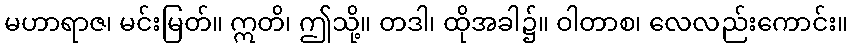
မဟာရာဇ၊ မင်းမြတ်။ ဣတိ၊ ဤသို့။ တဒါ၊ ထိုအခါ၌။ ဝါတာစ၊ လေလည်းကောင်း။